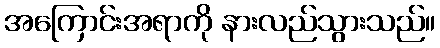
အကြောင်းအရာကို နားလည်သွားသည်။